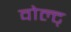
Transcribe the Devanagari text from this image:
वोल्ट्